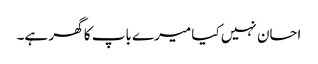
احسان نہیں کیا میرے باپ کا گھر ہے۔